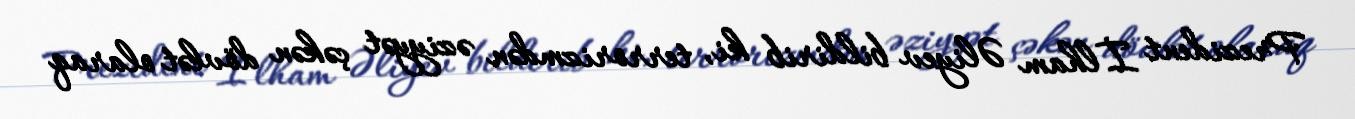
Prezident İlham Əliyev bildirib ki, terrorizmdən əziyyət çəkən dövlət olaraq